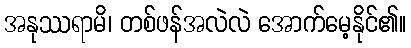
အနုဿရာမိ၊ တစ်ဖန်အလဲလဲ အောက်မေ့နိုင်၏။